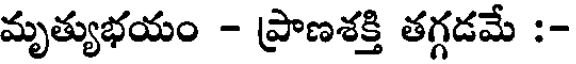
మృత్యుభయం - ప్రాణశక్తి తగ్గడమే :-